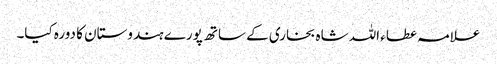
علامہ عطاء اللہ شاہ بخاری کے ساتھ پورے ہندوستان کا دورہ کیا۔